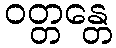
ဝတ္တန္တေ